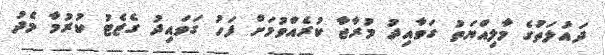
ދައުލަތުގެ މާލިއްޔަތު ގަވާއިދު މުރާޖާ ކުރެއްވުމަށް ފަހު ގަވައިދު ގެޒެޓު ކުރުމާ މެދު